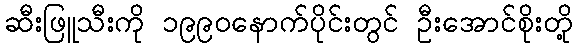
ဆီးဖြူသီးကို ၁၉၉၀နောက်ပိုင်းတွင် ဦးအောင်စိုးတို့